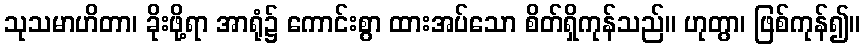
သုသမာဟိတာ၊ ခိုးဖို့ရာ အာရုံ၌ ကောင်းစွာ ထားအပ်သော စိတ်ရှိကုန်သည်။ ဟုတွာ၊ ဖြစ်ကုန်၍။